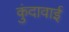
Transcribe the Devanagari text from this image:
कुंदावाई